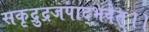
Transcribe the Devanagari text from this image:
सकृद्रुद्रजपाद्भवेत्।।